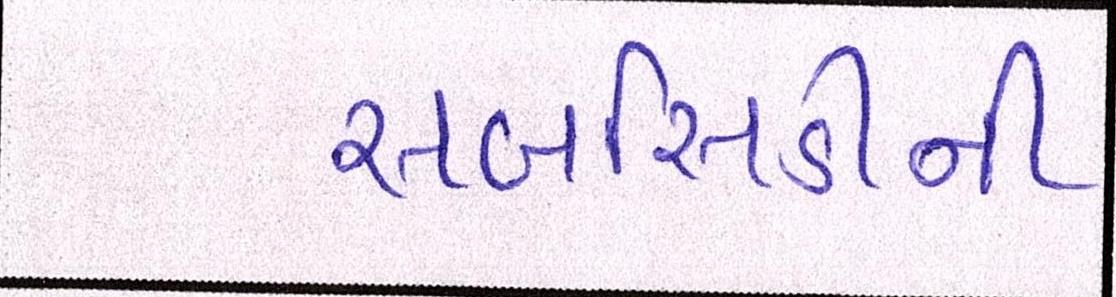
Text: સબસિડીની